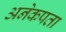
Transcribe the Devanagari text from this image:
अनेकपता